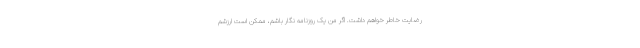
رضایت خاطر خواهم داشت. اگر من یک روزنامه نگار باشم، ممکن است ارزشم